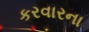
કરવારના